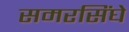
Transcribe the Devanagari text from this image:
समरसिंघे